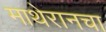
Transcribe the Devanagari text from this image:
माथेरानचा